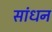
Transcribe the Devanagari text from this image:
सांधन